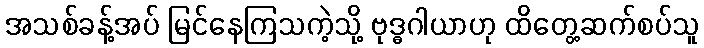
အသစ်ခန့်အပ် မြင်နေကြသကဲ့သို့ ဗုဒ္ဓဂါယာဟု ထိတွေ့ဆက်စပ်သူ